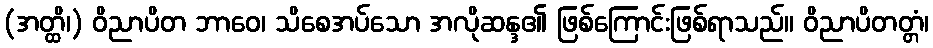
(အတ္ထိ၊) ဝိညာပိတ ဘာဝေ၊ သိစေအပ်သော အလိုဆန္ဒ၏ ဖြစ်ကြောင်းဖြစ်ရာသည်။ ဝိညာပိတတ္တံ၊